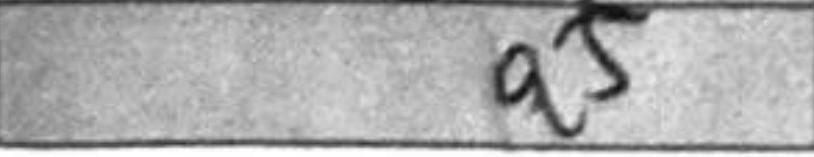
Transcription: a5